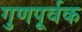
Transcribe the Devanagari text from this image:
गुणपूर्वक